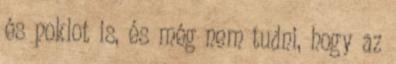
és poklot is, és még nem tudni, hogy az